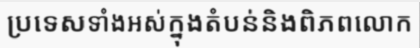
ប្រទេសទាំងអស់ក្នុងតំបន់និងពិភពលោក